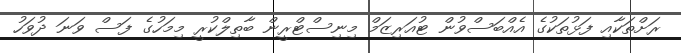
ރަށްތަކާއި ފަޅުތަކުގެ އެއްބަސްވުން ޓުއަރިޒަމް މިނިސްޓްރީން ބާތިލްކުރީ މިމަހުގެ ފަސް ވަނަ ދުވަހު